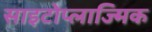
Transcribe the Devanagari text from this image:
साइटोप्लाज्मिक